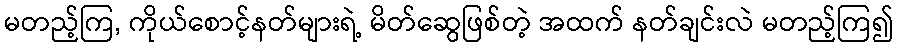
မတည့်ကြ, ကိုယ်စောင့်နတ်များရဲ့ မိတ်ဆွေဖြစ်တဲ့ အထက် နတ်ချင်းလဲ မတည့်ကြ၍